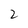
Character: 2